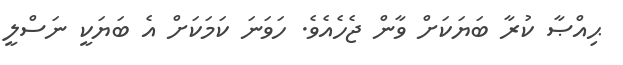
ޙިއްޞާ ކުރާ ބަޔަކަށް ވާން ޖެހެއެވެ. ހަވަނަ ކަމަކަށް އެ ބަޔަކީ ނަސްލީ